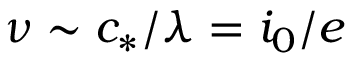
\nu \sim c _ { * } / \lambda = i _ { 0 } / e